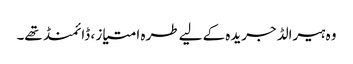
وہ ہیرالڈ جریدہ کے لیے طرہ امتیاز ، ڈائمنڈ تھے۔